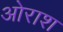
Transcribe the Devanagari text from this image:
ओराश